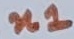
Text: n1